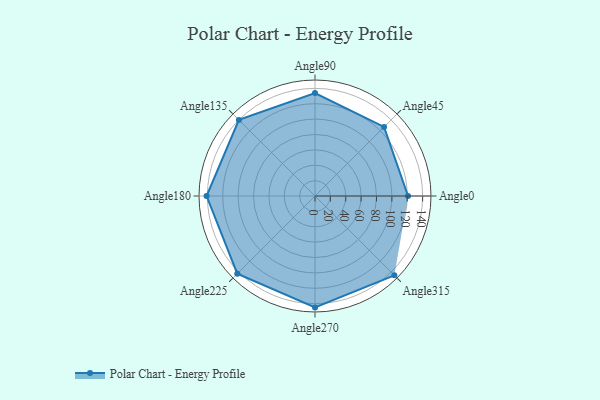
{"axis": {"x": "Angle", "y": "Radius"}, "legend": [""], "data": [{"x": "Angle0", "y": 121.0, "type": ""}, {"x": "Angle45", "y": 127.0, "type": ""}, {"x": "Angle90", "y": 134.0, "type": ""}, {"x": "Angle135", "y": 140.0, "type": ""}, {"x": "Angle180", "y": 141.0, "type": ""}, {"x": "Angle225", "y": 143.0, "type": ""}, {"x": "Angle270", "y": 145.0, "type": ""}, {"x": "Angle315", "y": 146.0, "type": ""}]}